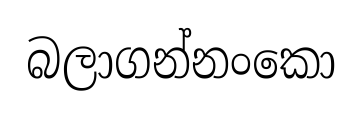
බලාගන්නංකො